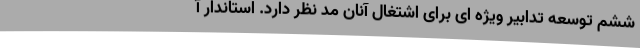
ششم توسعه تدابیر ویژه ای برای اشتغال آنان مد نظر دارد. استاندار آ